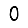
Digit: 0